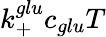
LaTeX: k_{+}^{glu}c_{glu}T